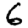
Digit: 6